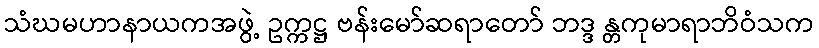
သံဃမဟာနာယကအဖွဲ့ ဥက္ကဋ္ဌ ဗန်းမော်ဆရာတော် ဘဒ္ဒ န္တကုမာရာဘိဝံသက